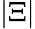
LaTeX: |\Xi|